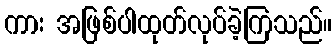
ကား အဖြစ်ပါထုတ်လုပ်ခဲ့ကြသည်။